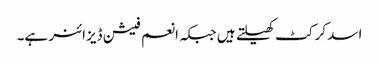
اسد کرکٹ کھیلتے ہیں جبکہ انعم فیشن ڈیزائنر ہے۔